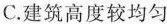
C.建筑高度较均匀